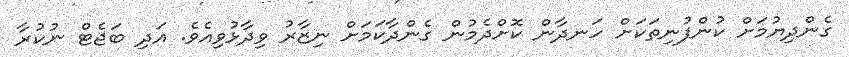
ގެންދިޔުމަށް ކުންފުނިތަކަށް ހަނދާން ކޮށްދެމުން ގެންދާކަމަށް ނިޒާރު ވިދާޅުވިއެވެ. އަދި ބަޖެޓް ނުކުރާ